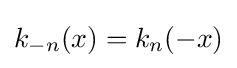
k_{-n}(x)=k_{n}(-x)